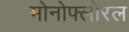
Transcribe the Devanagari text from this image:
मोनोफ्लोरल